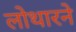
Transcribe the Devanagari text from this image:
लोथारने